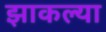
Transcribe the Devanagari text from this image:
झाकल्या